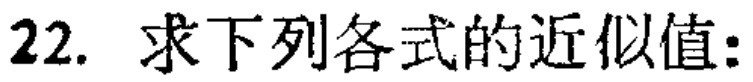
22. 求下列各式的近似值: